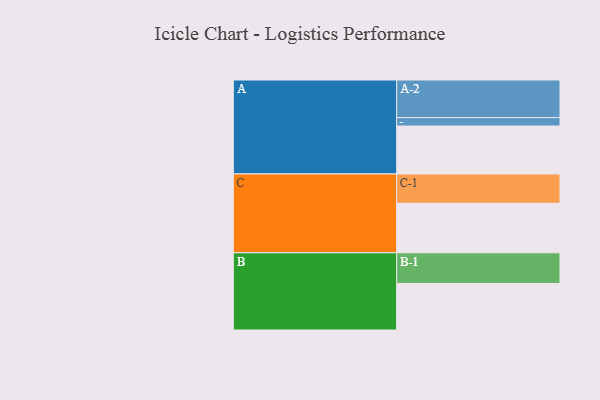
{"axis": {"x": "Segment", "y": "Value"}, "legend": ["", "A", "B", "C"], "data": [{"x": "A", "y": 380, "type": ""}, {"x": "B", "y": 369, "type": ""}, {"x": "C", "y": 393, "type": ""}, {"x": "A-1", "y": 67, "type": "A"}, {"x": "A-2", "y": 298, "type": "A"}, {"x": "B-1", "y": 243, "type": "B"}, {"x": "C-1", "y": 232, "type": "C"}]}